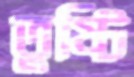
তুষ্টি